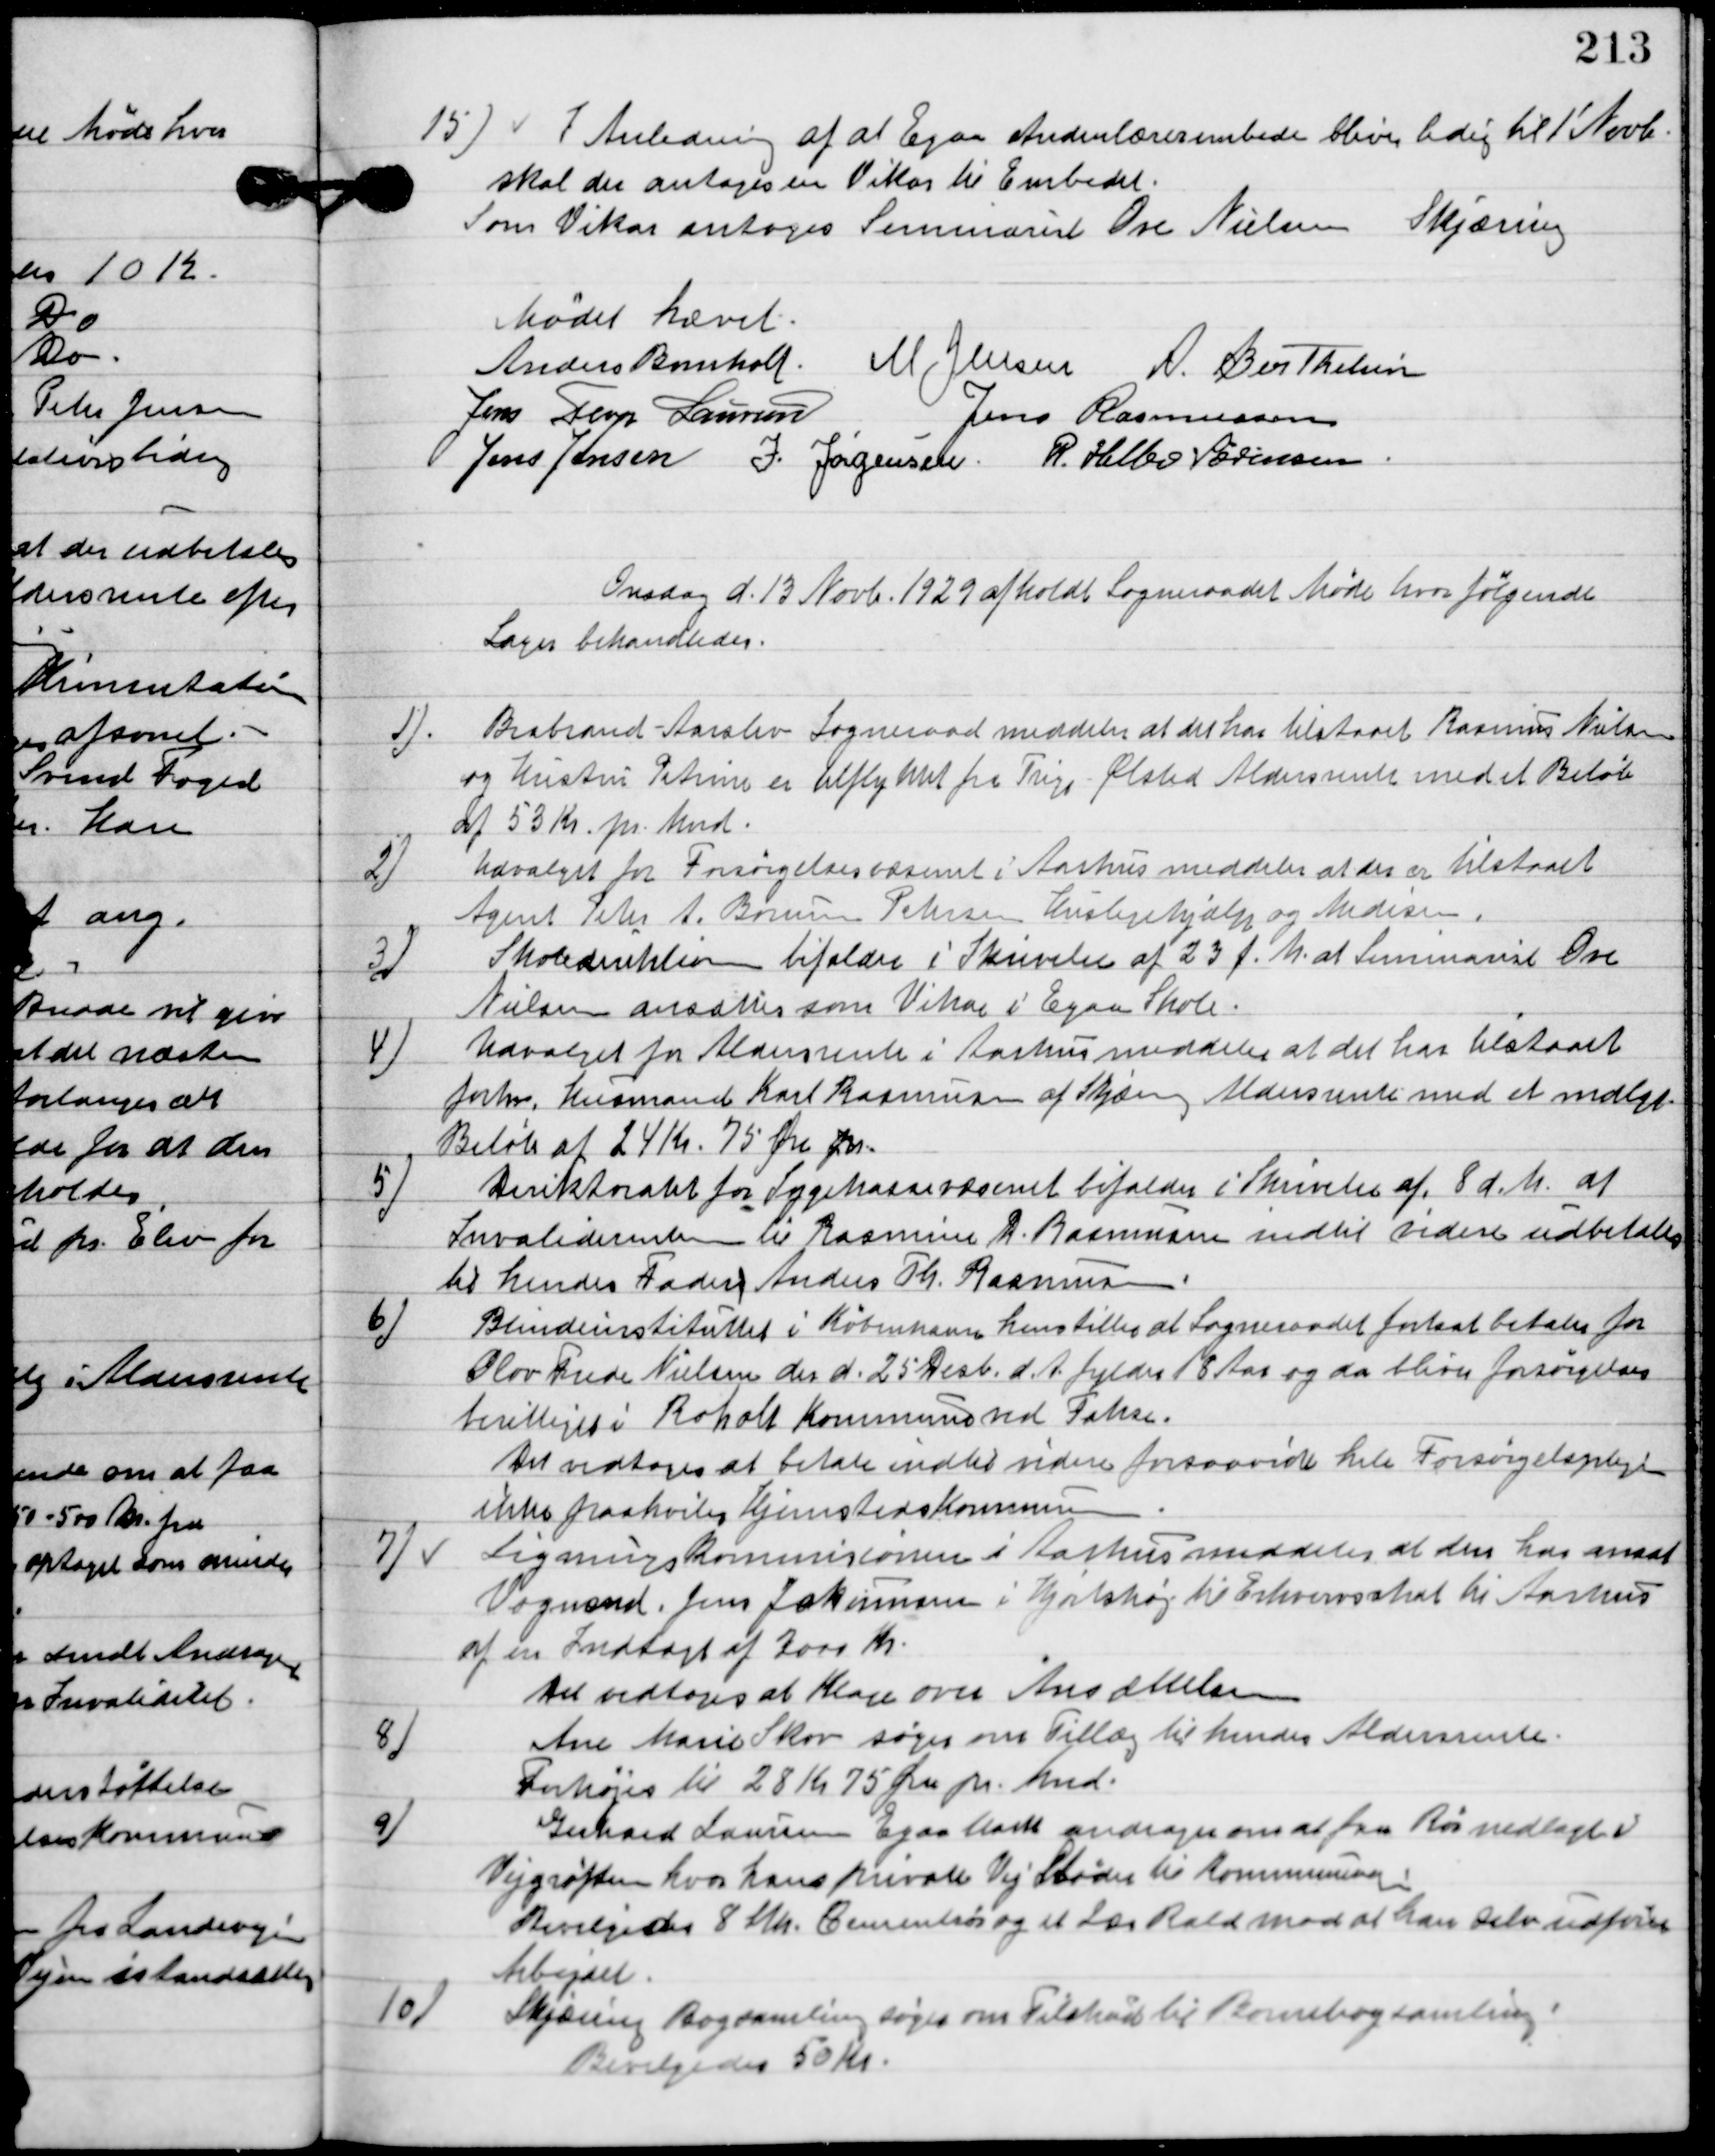
Transskription:
15

I Anledning af at Egaa Anden lærer embede blive ledig til 1´ Novb.
skal der antages en vikar til Embedet.
Som Vikar antoges Seminarist Ove Nielsen Skjæring.

Mødet hævet.

Anders Bomholt
M. Jensen
A. Berthelsen
Jens Terp Laursen
Jens Rasmussen,
Jens Jensen
J. Jørgensen
R. Helbo Sørensen.

Onsdag d. 13. Novb. 1929 afholdt sognerådet møde hvor følgende
Sager behandledes.

1

Brabrand-Aarslev Sogneraad meddeler at der har tilstodes Rasmus Nielsen
og Kristine Petina en tilflyttet hertil fra Trige Ølsted Aldersrente med et Beløb
af 53 Kr. pr. Mnd.

2

Udvalget for forsørgelsesvæsenet i Aarhus meddeler at der er tilstodes
Agnet Peter A. Borum Petersen Huslejehjælp og Medisin.

3

Skoledirektionen bifalder i Skrivelse af 23 f. M. h. at Seminarist Ove
Nielsen ansættes som vikar i Egaa skole.

4

Udvalget for Aldersrente i Aarhus meddeler at det har bistodes
forhv. Husmand Karl Rasmussen af Skjæring Aldersrente med et mådelig
Beløb af 24 Kr. 75 Øre fm.

5

Direktoratet for Sygekassevæsenet bifalder i Skrivelse af 8 d. m. at
 Invaliderenten til Rasmine D. Rasmussen indtil videre udbetales
til hendes Fader Anders Th. Rasmussen.

6

Blindeinstituttet i København henstiller at Sogneraadet fortsat betaler for
Olov Tude Nielsen der d. 25 Decb. D. A. fylder 18 Aar og da bliver forsørgelses-
berettiget i Roholt Kommune ved Fakse.
Det vedtoges at betale indtil videre forsaavidt hele Forsørgelsespligten
ikke paahviler Hjemsteds Kommunen.

7

Ligningskommissionen i Aarhus meddeler at den har ansat
Vognmand Jens Jakobsen i Hjortshøj til Erhvervsskat til Aarhus
af en Indtægt af 2000 Kr.
Det vedtoges at klage over Anmeldelsen.

8

Ane Marie Skov søger om tillæg til hendes aldersrente.
Forhøjes til 28 Kr. 75 Øre pr. Mnd.

9

Gerhard Laursen Egaa havde andraget om at faa Rør nedlagt i
Vejgrøften hvor hans private Vej Støder til Kommunen.
Bevilgedes 8 Mn. Cementrør og et Læs Rald mod at han selv udfører
arbejdet.

10

Skjæring Bogsamling søger om Tilskud til Børnebogssamlingen.
Bevilgedes 50 Kr.